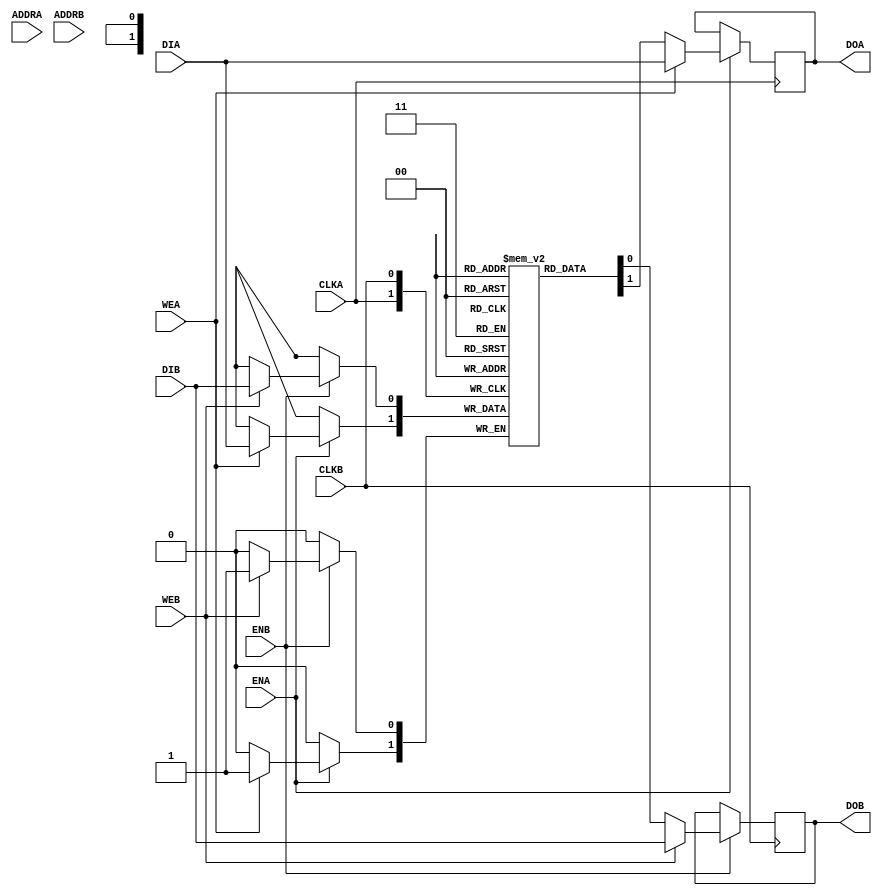
// This program was cloned from: https://github.com/esa-tu-darmstadt/tapasco
// License: GNU Lesser General Public License v3.0


`ifdef BSV_ASSIGNMENT_DELAY
`else
 `define BSV_ASSIGNMENT_DELAY
`endif

// Dual-Ported BRAM (WRITE FIRST)
module BRAM2(CLKA,
             ENA,
             WEA,
             ADDRA,
             DIA,
             DOA,
             CLKB,
             ENB,
             WEB,
             ADDRB,
             DIB,
             DOB
             );

   parameter                      PIPELINED  = 0;
   parameter                      ADDR_WIDTH = 1;
   parameter                      DATA_WIDTH = 1;
   parameter                      MEMSIZE    = 1;

   input                          CLKA;
   input                          ENA;
   input                          WEA;
   input [ADDR_WIDTH-1:0]         ADDRA;
   input [DATA_WIDTH-1:0]         DIA;
   output [DATA_WIDTH-1:0]        DOA;

   input                          CLKB;
   input                          ENB;
   input                          WEB;
   input [ADDR_WIDTH-1:0]         ADDRB;
   input [DATA_WIDTH-1:0]         DIB;
   output [DATA_WIDTH-1:0]        DOB;

   (* RAM_STYLE = "BLOCK" *)
   reg [DATA_WIDTH-1:0]           RAM[0:MEMSIZE-1] /* synthesis syn_ramstyle="no_rw_check" */ ;
   reg [DATA_WIDTH-1:0]           DOA_R;
   reg [DATA_WIDTH-1:0]           DOB_R;
   reg [DATA_WIDTH-1:0]           DOA_R2;
   reg [DATA_WIDTH-1:0]           DOB_R2;

`ifdef BSV_NO_INITIAL_BLOCKS
`else
   // synopsys translate_off
   integer                        i;
   initial
   begin : init_block
      for (i = 0; i < MEMSIZE; i = i + 1) begin
         RAM[i] = { ((DATA_WIDTH+1)/2) { 2'b10 } };
      end
      DOA_R = { ((DATA_WIDTH+1)/2) { 2'b10 } };
      DOB_R = { ((DATA_WIDTH+1)/2) { 2'b10 } };
      DOA_R2 = { ((DATA_WIDTH+1)/2) { 2'b10 } };
      DOB_R2 = { ((DATA_WIDTH+1)/2) { 2'b10 } };
   end
   // synopsys translate_on
`endif // !`ifdef BSV_NO_INITIAL_BLOCKS

   always @(posedge CLKA) begin
      if (ENA) begin
         if (WEA) begin
            RAM[ADDRA] <= `BSV_ASSIGNMENT_DELAY DIA;
            DOA_R <= `BSV_ASSIGNMENT_DELAY DIA;
         end
         else begin
            DOA_R <= `BSV_ASSIGNMENT_DELAY RAM[ADDRA];
         end
      end
      DOA_R2 <= `BSV_ASSIGNMENT_DELAY DOA_R;
   end

   always @(posedge CLKB) begin
      if (ENB) begin
         if (WEB) begin
            RAM[ADDRB] <= `BSV_ASSIGNMENT_DELAY DIB;
            DOB_R <= `BSV_ASSIGNMENT_DELAY DIB;
         end
         else begin
            DOB_R <= `BSV_ASSIGNMENT_DELAY RAM[ADDRB];
         end
      end
      DOB_R2 <= `BSV_ASSIGNMENT_DELAY DOB_R;
   end

   // Output drivers
   assign DOA = (PIPELINED) ? DOA_R2 : DOA_R;
   assign DOB = (PIPELINED) ? DOB_R2 : DOB_R;

endmodule // BRAM2